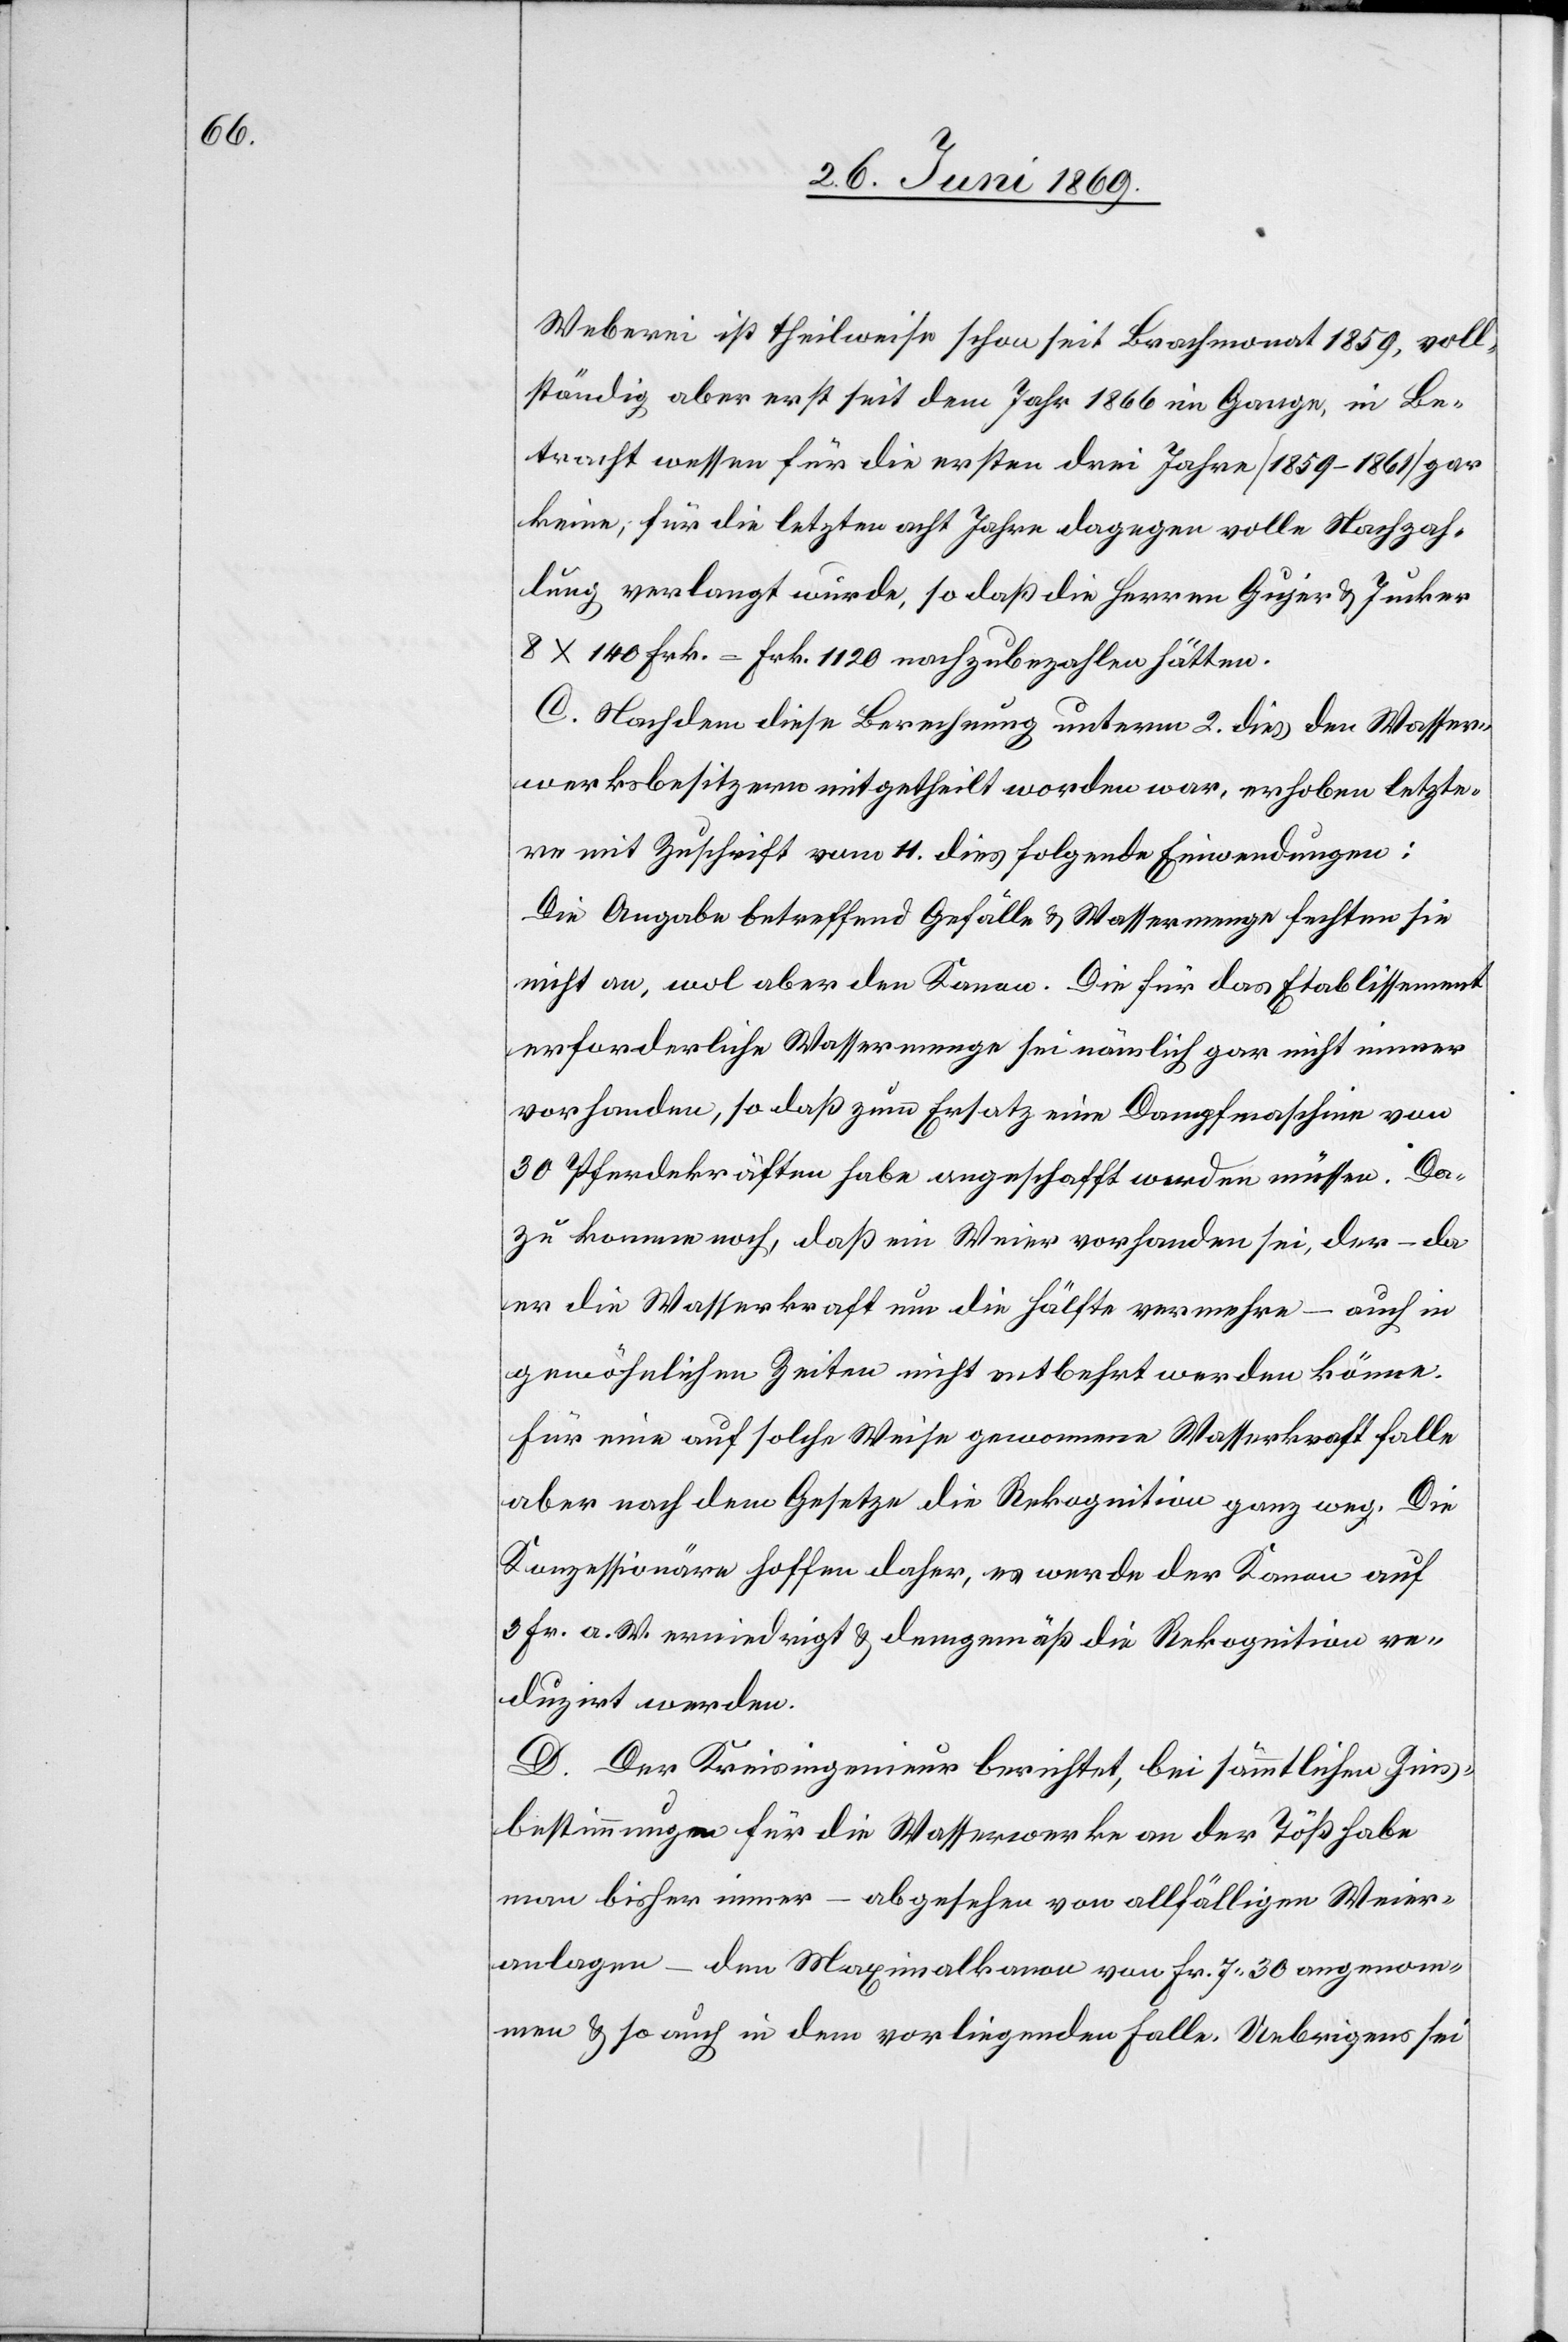
Weberei ist theilweise schon seit Brachmonat 1859, voll¬
ständig aber erst seit dem Jahr 1866 im Ganze, in Be¬
tracht wessen für die ersten drei Jahre [1859–1861] gar
keine; für die letzten acht Jahre dagegen volle Nachzah¬
lung verlangt würde, so daß die Herren Gujer u. Jucker
8x140 Frk.=Frk. 1120 nachzubezahlen hätten.
C. Nachdem diese Berechnung unterm 2 dies den Wasser¬
werksbesitzern mitgetheilt worden war, erhoben letzte¬
re mit Zuschrift vom 11 dies folgende Einwendungen:
Die Angabe betreffend Gefälle u. Wassermenge fechten sie
nicht an, wol aber den Kanon. Die für das Etablissement
erforderliche Wassermenge sei nämlich gar nicht immer
vorhanden, so daß zum Ersatz eine Dampfmaschine von
30 Pferdekräften habe angeschafft werden müssen. Da¬
zu komme noch, daß ein Weiher vorhanden sei, der – da
er die Wasserkraft um die Hälfte vermehre – auch in
gewöhnlichen Zeiten nicht entbehrt werden könne.
Für eine auf solche Weise gewonnene Wasserkraft falle
aber nach dem Gesetze die Rekognition ganz weg. Die
Konzessionäre hoffen daher, es werde der Kanon auf
3 Fr. a. W. erniedrigt u. demgemäß die Rekognition re¬
duzirt werden.
D. Der Kreisingenieur berichtet, bei sämmtlichen Zins¬
bestimmungen für die Wasserwerke an der Töß habe
man bisher immer – abgesehen von allfälligen Weier¬
anlagen – den Maximalkanon von Fr. 7.30 angenom¬
men u. so auch in dem vorliegenden Falle. Uebrigens sei